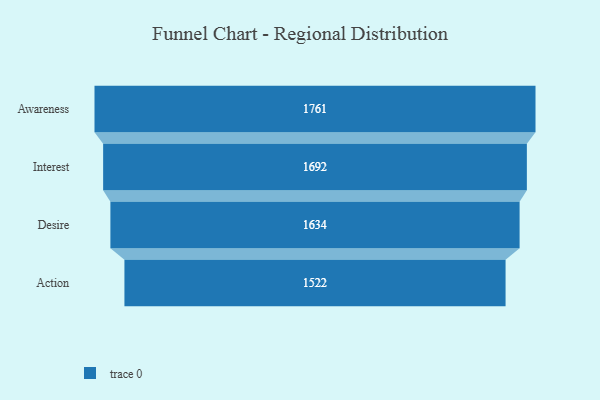
{"axis": {"x": "Stage", "y": "Value"}, "legend": [""], "data": [{"x": "Awareness", "y": 1761.0, "type": ""}, {"x": "Interest", "y": 1692.0, "type": ""}, {"x": "Desire", "y": 1634.0, "type": ""}, {"x": "Action", "y": 1522.0, "type": ""}]}